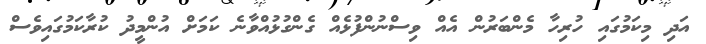
އަދި މިކަމުގައި ހުރިހާ މެންބަރުން އެއް ވިސްނުންފުޅެއް ގެންގުޅުއްވާނެ ކަމަށް އުންމީދު ކުރާކަމުގައިވެސް